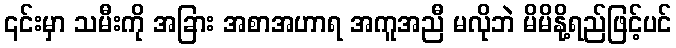
၎င်းမှာ သမီးကို အခြား အစာအဟာရ အကူအညီ မလိုဘဲ မိမိနို့ရည်ဖြင့်ပင်